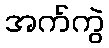
အက်ကွဲ